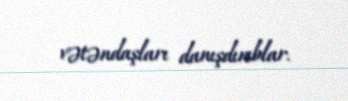
vətəndaşları danışdırıblar.